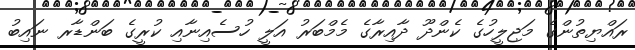
ރައްޔިތުންގެ މަޖިލީހުގެ ކެންދޫ ދާއިރާގެ މެމްބަރު އަލީ ހުސެއިނާއި ކުރީގެ ބަންޑާރ ނައިބު